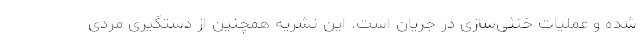
شده و عملیات خنثی‌سازی در جریان است. این نشریه همچنین از دستگیری مردی